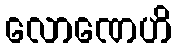
လောဏေဟိ